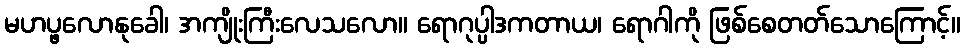
မဟပ္ဖလောနုခေါ၊ အကျိုးကြီးလေသလော။ ရောဂုပ္ပါဒကတာယ၊ ရောဂါကို ဖြစ်စေတတ်သောကြောင့်။